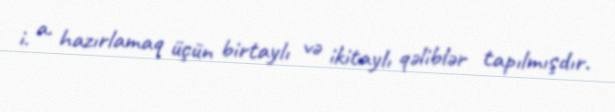
i. a. hazırlamaq üçün birtaylı və ikitaylı qəliblər tapılmışdır.